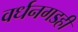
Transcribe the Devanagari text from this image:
वर्धनगडही